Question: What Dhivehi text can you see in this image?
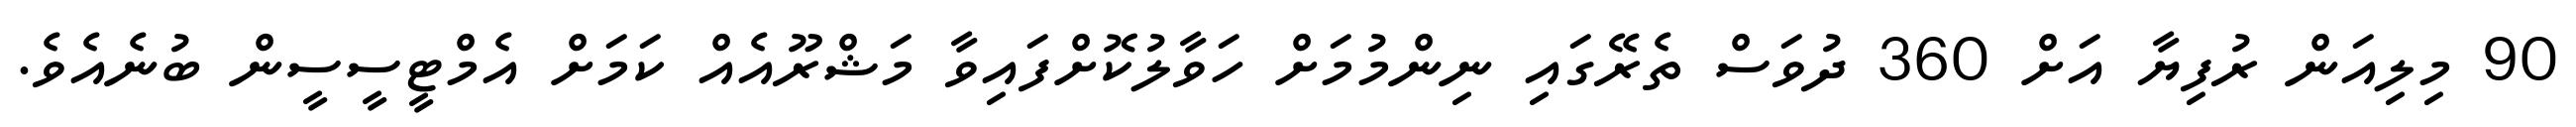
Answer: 90 މިލިއަން ރުފިޔާ އަށް 360 ދުވަސް ތެރޭގައި ނިންމުމަށް ހަވާލުކޮށްފައިވާ މަޝްރޫއެއް ކަމަށް އެމްޓީސީސީން ބުނެއެވެ.